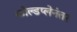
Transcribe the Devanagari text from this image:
कोल्डप्लेनंतर